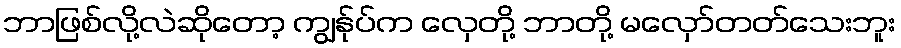
ဘာဖြစ်လို့လဲဆိုတော့ ကျွန်ုပ်က လှေတို့ ဘာတို့ မလှော်တတ်သေးဘူး